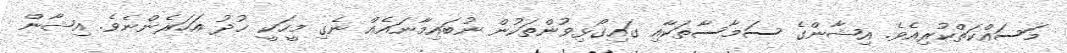
މަސައްކަތްކުރިއެވެ. އިޝާންގެ ސަމާސާތަކާއި ގައިގޯޅިވުންތަކުން ނުބައިމާނައެއް ނެގި މީހަކީ ޚުދު އަހަރެންނެވެ. އިޝާން